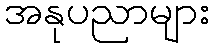
အနုပညာများ